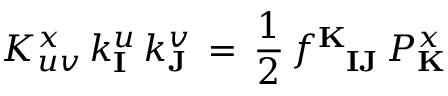
K _ { u v } ^ { x } \, k _ { \mathbf { I } } ^ { u } \, k _ { \mathbf { J } } ^ { v } \, = \, { \frac { 1 } { 2 } } \, f _ { \phantom { \mathbf { K } } \mathbf { I } \mathbf { J } } ^ { \mathbf { K } } \, { \cal P } _ { \mathbf { K } } ^ { x }